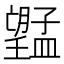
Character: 𭩔